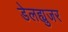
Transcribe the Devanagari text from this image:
डेलह्युजर